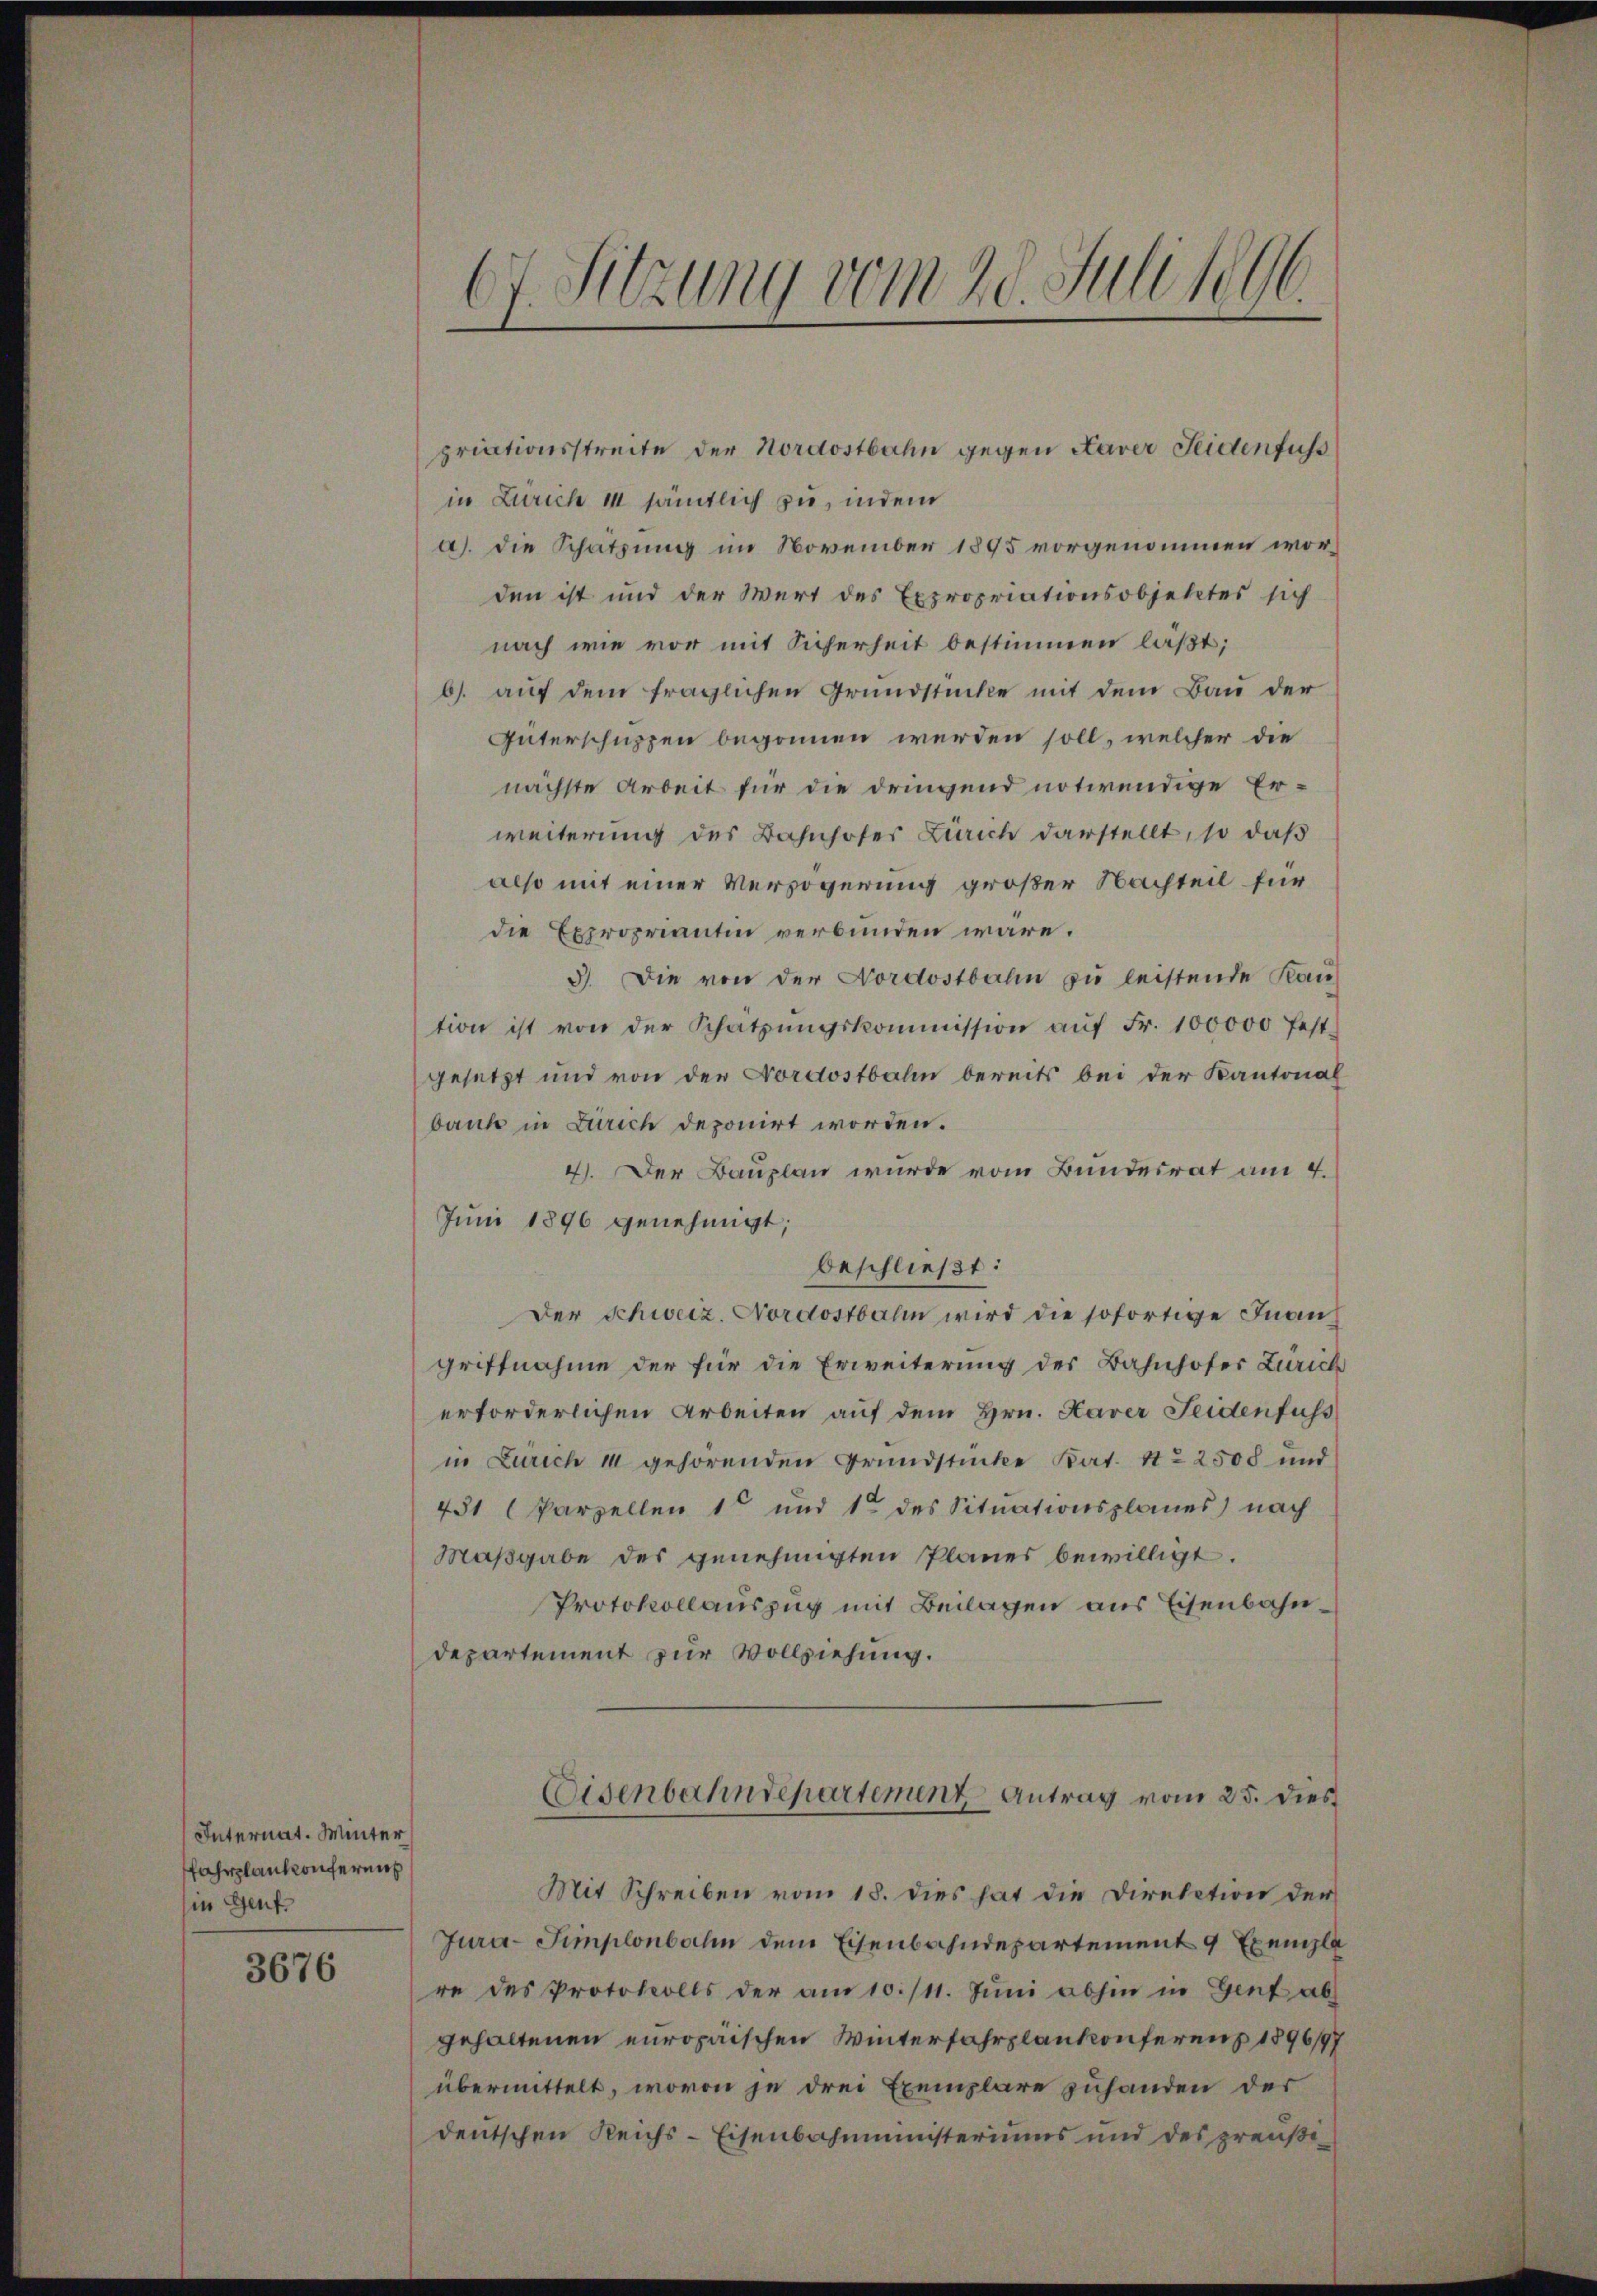
Internat. Winter
Fahrplankonfereit
in Genf.

3676

67. Sitzung vom 20. Juli 1896.

in Zürich 11 sämtlich zu, indem
a). Die Schatzung im November 1895 vorgenommen worden ist und der Wert des Expropriationsobjektes sich
nach wie vor mit Sicherheit bestimmen laßt;
b). auf dem fraglichen Grundstücke mit dem Bau der
Interschuppen begonnen werden soll, welcher die
nächste Arbeit für die dringend notwendige Erweiterung des Bahnhofer Zürich darstellt, so daß
also mit einer Verzögerung großer Nachteil für
die Exproprianten verbunden wäre.
3). Die von der Nordostbahn zu leistende Kauf
tion ist von der Schatzŭngskommission aŭf Fr. 100000 fest-
gesetzt und von der Nordostbahn bereits bei der Kantonal
bank in Zürich deponirt worden.
4). Der Bauplan wurde vom Bundesrat am 4.
Juni 1896 genehmigt;
beschließt:
Der Schweiz. Nordostbahn wird die sofortige Inanz
griffnahme der für die Erweiterung der Bahnhofer Zürich
erforderlichen Arbeiten auf dem Hrn. Haver Seidenfuss
in Zürich 10 gehörenden Grundstücke Kat. 11. 2500 und
451 (Parzellen 1 und 1 des Situationsplanes) nach
Maßgabe des genehmigten Planes bewilligt.
Protokollauszug mit Beilagen aus Eisenbahndepartement zur Vollziehung.
Eisenbahndepartement Antrag vom 25. dies
Mit Schreiben vom 18. dies hat die Direktion der
Jura-Simplonbahn dem Eisenbahndepartement 9 Exempla
re des Protokolls der am 10./11. Jŭni abhin in Genf ab
gehaltenen europaischen Winterfahrplankonferenz 1896/97
übermittelt, wovon je drei Exemplare zuhanden der
deutschen Reichs-Eisenbahnministeriums und des preuße¬

priationsstreite der Nordostbahn gegen Kaver Seidenfuss